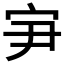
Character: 𰌸